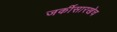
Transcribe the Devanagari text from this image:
जर्कीसारखेच